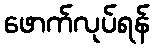
ဖောက်လုပ်ရန်